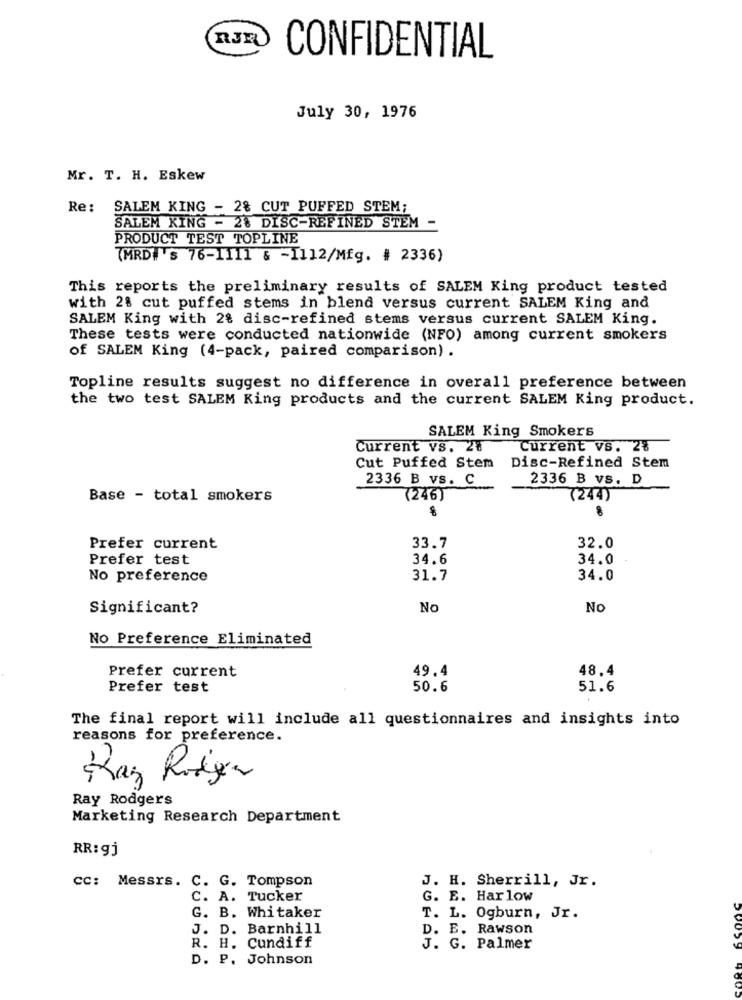
RJE
CONFIDENTIAL
July 30, 1976
Mr. T. H. Eskew
Re: SALEM KING - 2% CUT PUFFED STEM;
SALEM KING - 28 DISC-REFINED STEM -
PRODUCT TEST TOPLINE
(MRD#'s 76-1111 & -I112/Mfg. # 2336)
This reports the preliminary results of SALEM King product tested
with 28 cut puffed stems in blend versus current SALEM King and
SALEM King with 28 disc-refined stems versus current SALEM King.
These tests were conducted nationwide (NFO) among current smokers
of SALEM King (4-pack, paired comparison) .
Topline results suggest no difference in overall preference between
the two test SALEM King products and the current SALEM King product.
SALEM King Smokers
Current vs. 28
Current vs. 28
Disc-Refined Stem
Cut Puffed Stem
2336 B vs. C
2336 B vs. D
Base - total smokers
(246)
(244)
Prefer current
33.7
32.0
Prefer test
34.6
34.0
No preference
31.7
34.0
Significant?
No
No
No Preference Eliminated
Prefer current
49.4
48.4
Prefer test
50.6
51.6
The final report will include all questionnaires and insights into
reasons for preference.
Raz Roliga
-1-
Ray Rodgers
Marketing Research Department
RR: gj
CC: Messrs. C. G. Tompson
J. H. Sherrill, Jr.
C. A. Tucker
G. E. Harlow
G. B. Whitaker
T. L. Ogburn, Jr.
J. D. Barnhill
D. E. Rawson
R. H. Cundiff
J. G. Palmer
D. P. Johnson